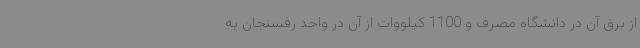
از برق آن در دانشگاه مصرف و 1100 کیلووات از آن در واحد رفسنجان به